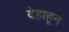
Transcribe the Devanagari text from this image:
देहाहून